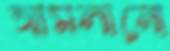
আমলানো